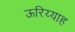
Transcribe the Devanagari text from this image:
ऊरिय्याह